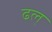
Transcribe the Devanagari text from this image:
ढल्